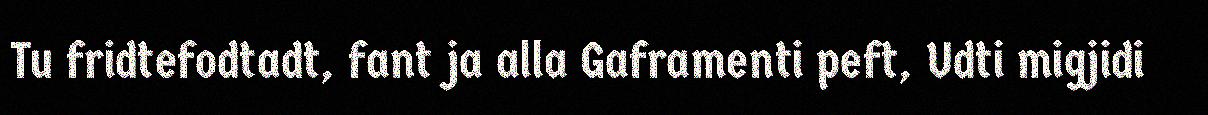
Tu fridtefodtadt, fant ja alla Gaframenti peft, Udti migjidi